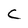
Character: C